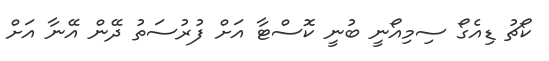
ކޯޗު ޑިއެގޯ ސިމިއޯނީ ބުނީ ކޮސްޓާ އަށް ފުރުސަތު ދޭން އޭނާ އަށް